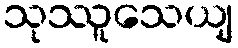
သုဿူသေယျ